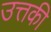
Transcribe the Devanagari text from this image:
उत्तकी